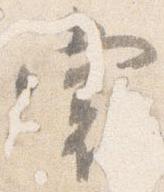
裳